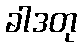
ခါဒတု